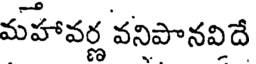
మహావర్ణ వనిపానవిదే